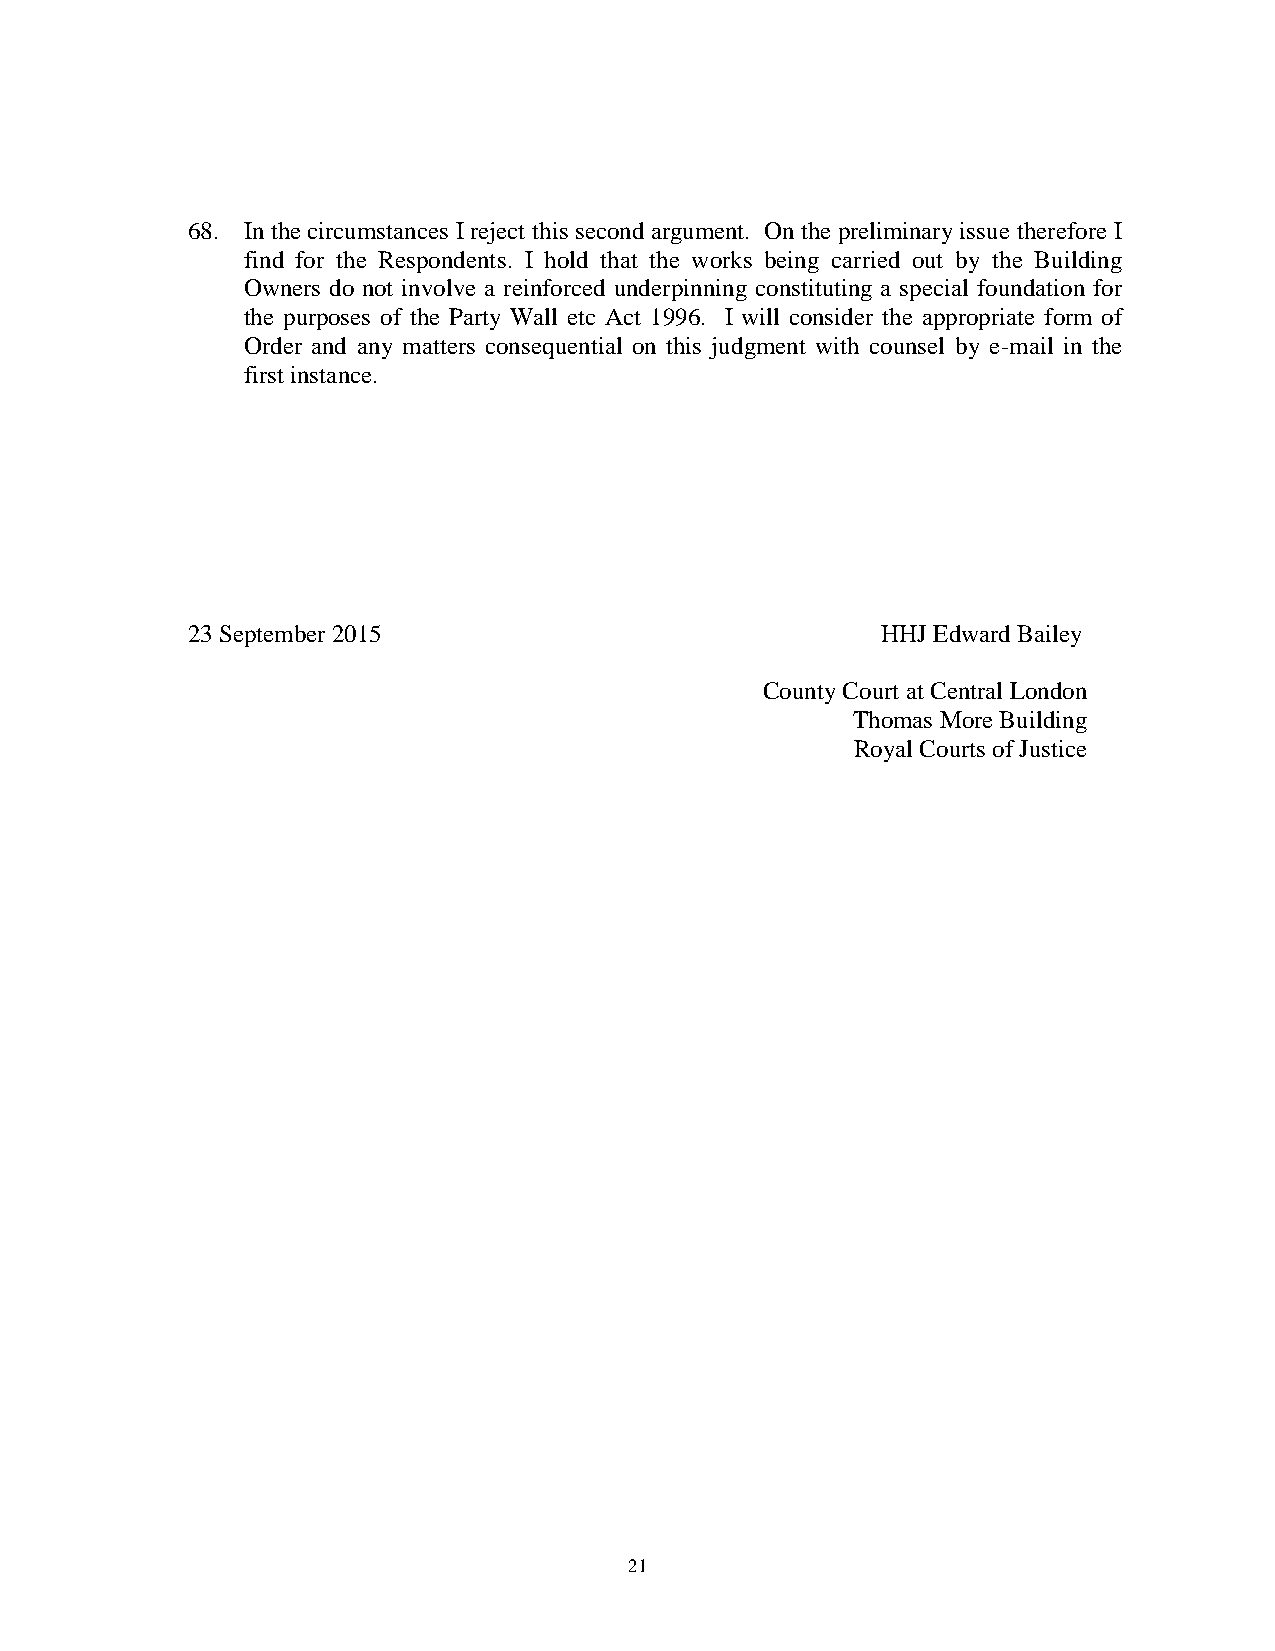
68. In the circumstances I reject this second argument. On the preliminary issue therefore I
 find for the Respondents. I hold that the works being carried out by the Building
 Owners do not involve a reinforced underpinning constituting a special foundation for
 the purposes of the Party Wall etc Act 1996. I will consider the appropriate form of
 Order and any matters consequential on this judgment with counsel by e-mail in the
 first instance.
 23 September 2015                             HHJ Edward Bailey
 County Court at Central London
 Thomas More Building
 Royal Courts of Justice
 21